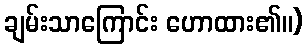
ချမ်းသာကြောင်း ဟောထား၏။)